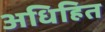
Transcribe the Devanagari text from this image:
अधिहित